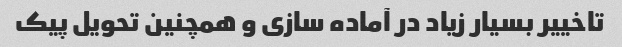
تاخییر بسیار زیاد در آماده سازی و همچنین تحویل پیک